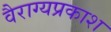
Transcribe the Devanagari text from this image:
वैराग्यप्रकाश